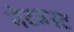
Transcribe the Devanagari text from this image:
नेटबस्ट